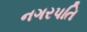
નગરપતિ